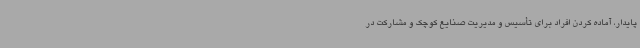
پایدار، آماده کردن افراد برای تأسیس و مدیریت صنایع کوچک و مشارکت در